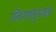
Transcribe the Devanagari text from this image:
लिगांनुपात